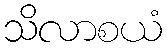
သိလာစယံ